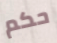
حكم